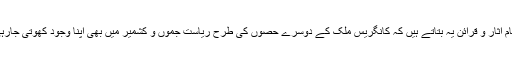
تاہم تمام آثار و قرائن یہ بتاتے ہیں کہ کانگریس ملک کے دوسرے حصوں کی طرح ریاست جموں و کشمیر میں بھی اپنا وجود کھوتی جارہی ہے۔